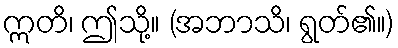
ဣတိ၊ ဤသို့။ (အဘာသိ၊ ရွတ်၏။)